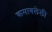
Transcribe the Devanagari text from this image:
कमावलेली